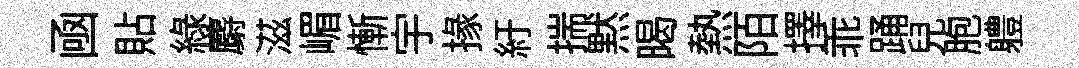
凾貼緑麝滋嵋慚宇掾紆揣黙暍熱陌擇乖踊兒胞軆